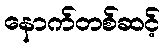
နောက်တစ်ဆင့်